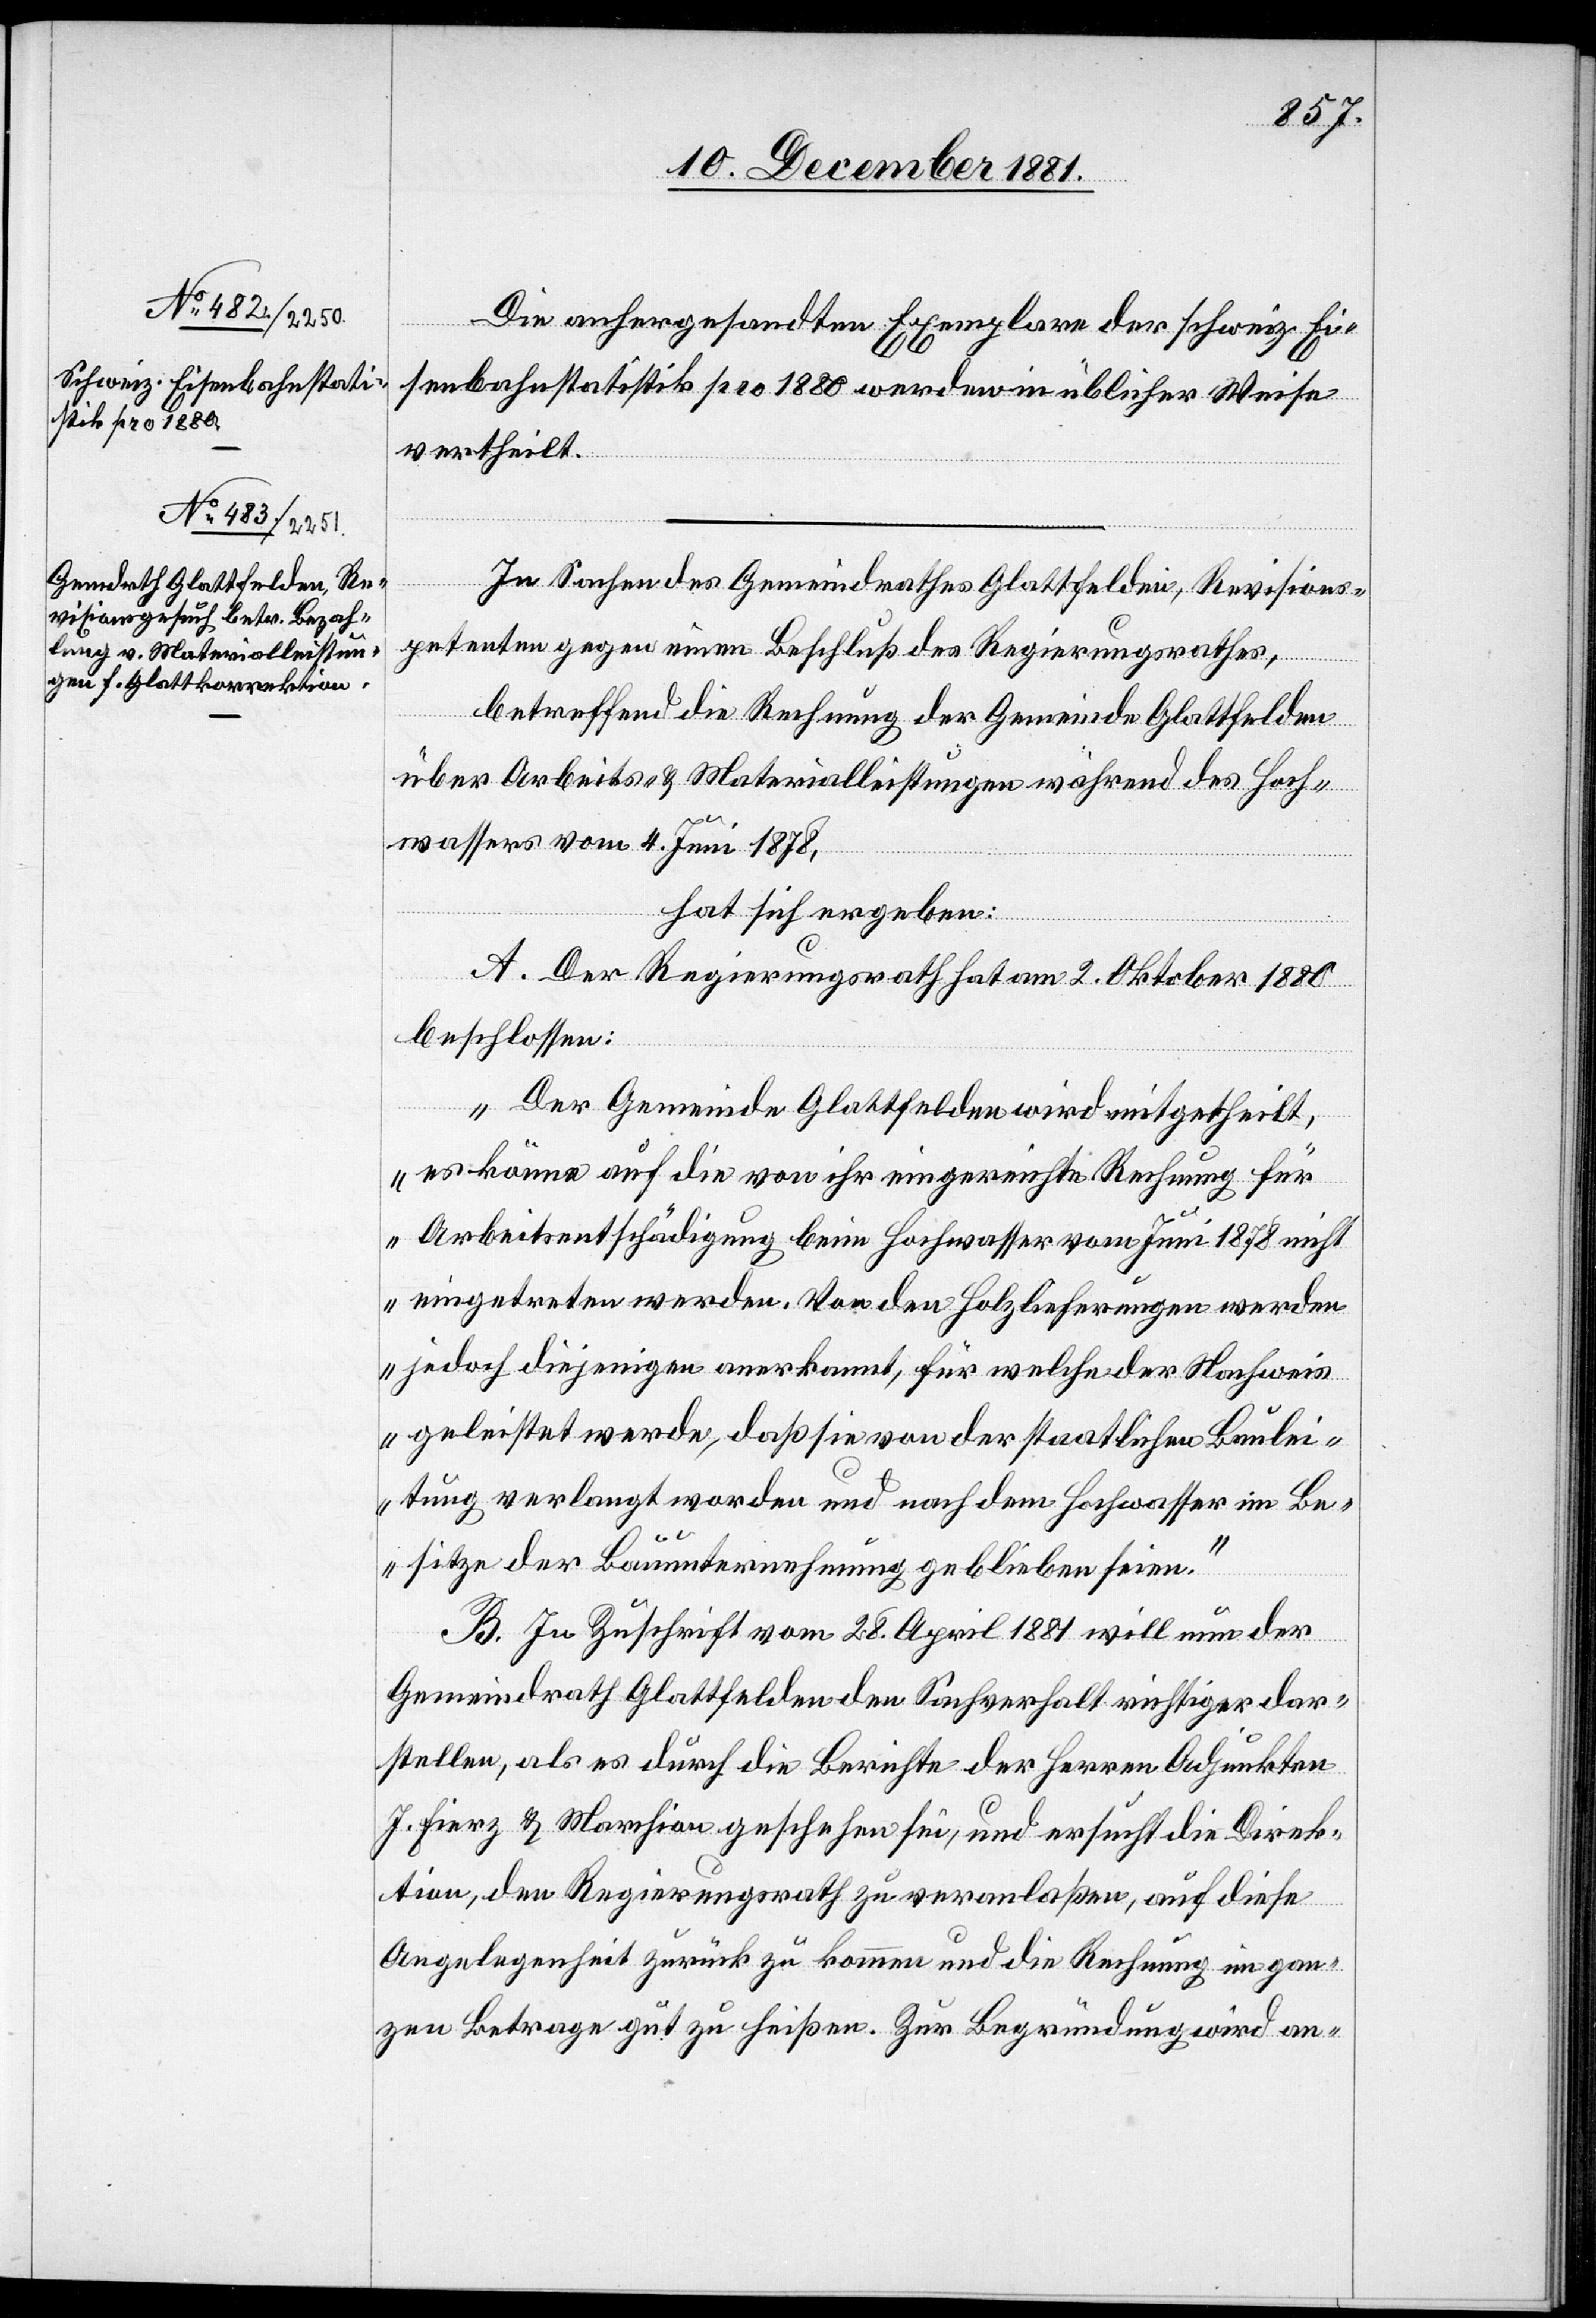
Die anhergesandten Exemplare der schweiz. Ei¬
senbahnstatistik pro 1880 werden in üblicher Weise
vertheilt.
In Sachen des Gemeindrathes Glattfelden, Revisions¬
petenten gegen einen Beschluß des Regierungsrathes,
betreffend die Rechnung der Gemeinde Glattfelden
über Arbeits- & Materialleistungen während des Hoch¬
wassers vom 4. Juni 1878,
hat sich ergeben:
A. Der Regierungsrath hat am 2. Oktober 1880
beschlossen:
„Der Gemeinde Glattfelden wird mitgetheilt,
es könne auf die von ihr eingereichte Rechnung für
Arbeitsentschädigung beim Hochwasser vom Juni 1878 nicht
eingetreten werden. Von den Holzlieferungen werden
jedoch diejenigen anerkannt, für welche der Nachweis
geleistet werde, daß sie von der staatlichen Baulei¬
tung verlangt worden und nach dem Hochwasser im Be¬
sitze der Bauunternehmung geblieben seien.“
B. In Zuschrift vom 28. April 1881 will nun der
Gemeindrath Glattfelden den Sachverhalt richtiger dar¬
stellen, als es durch die Berichte der Herren Adjunkten
J. Fierz & Marchion geschehen sei, und ersucht die Direk¬
tion, den Regierungsrath zu veranlaßen, auf diese
Angelegenheit zurück zu kommen und die Rechnung im gan¬
zen Betrage gut zu heißen. Zur Begründung wird an-